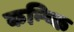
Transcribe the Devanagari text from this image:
कन्ष्कि